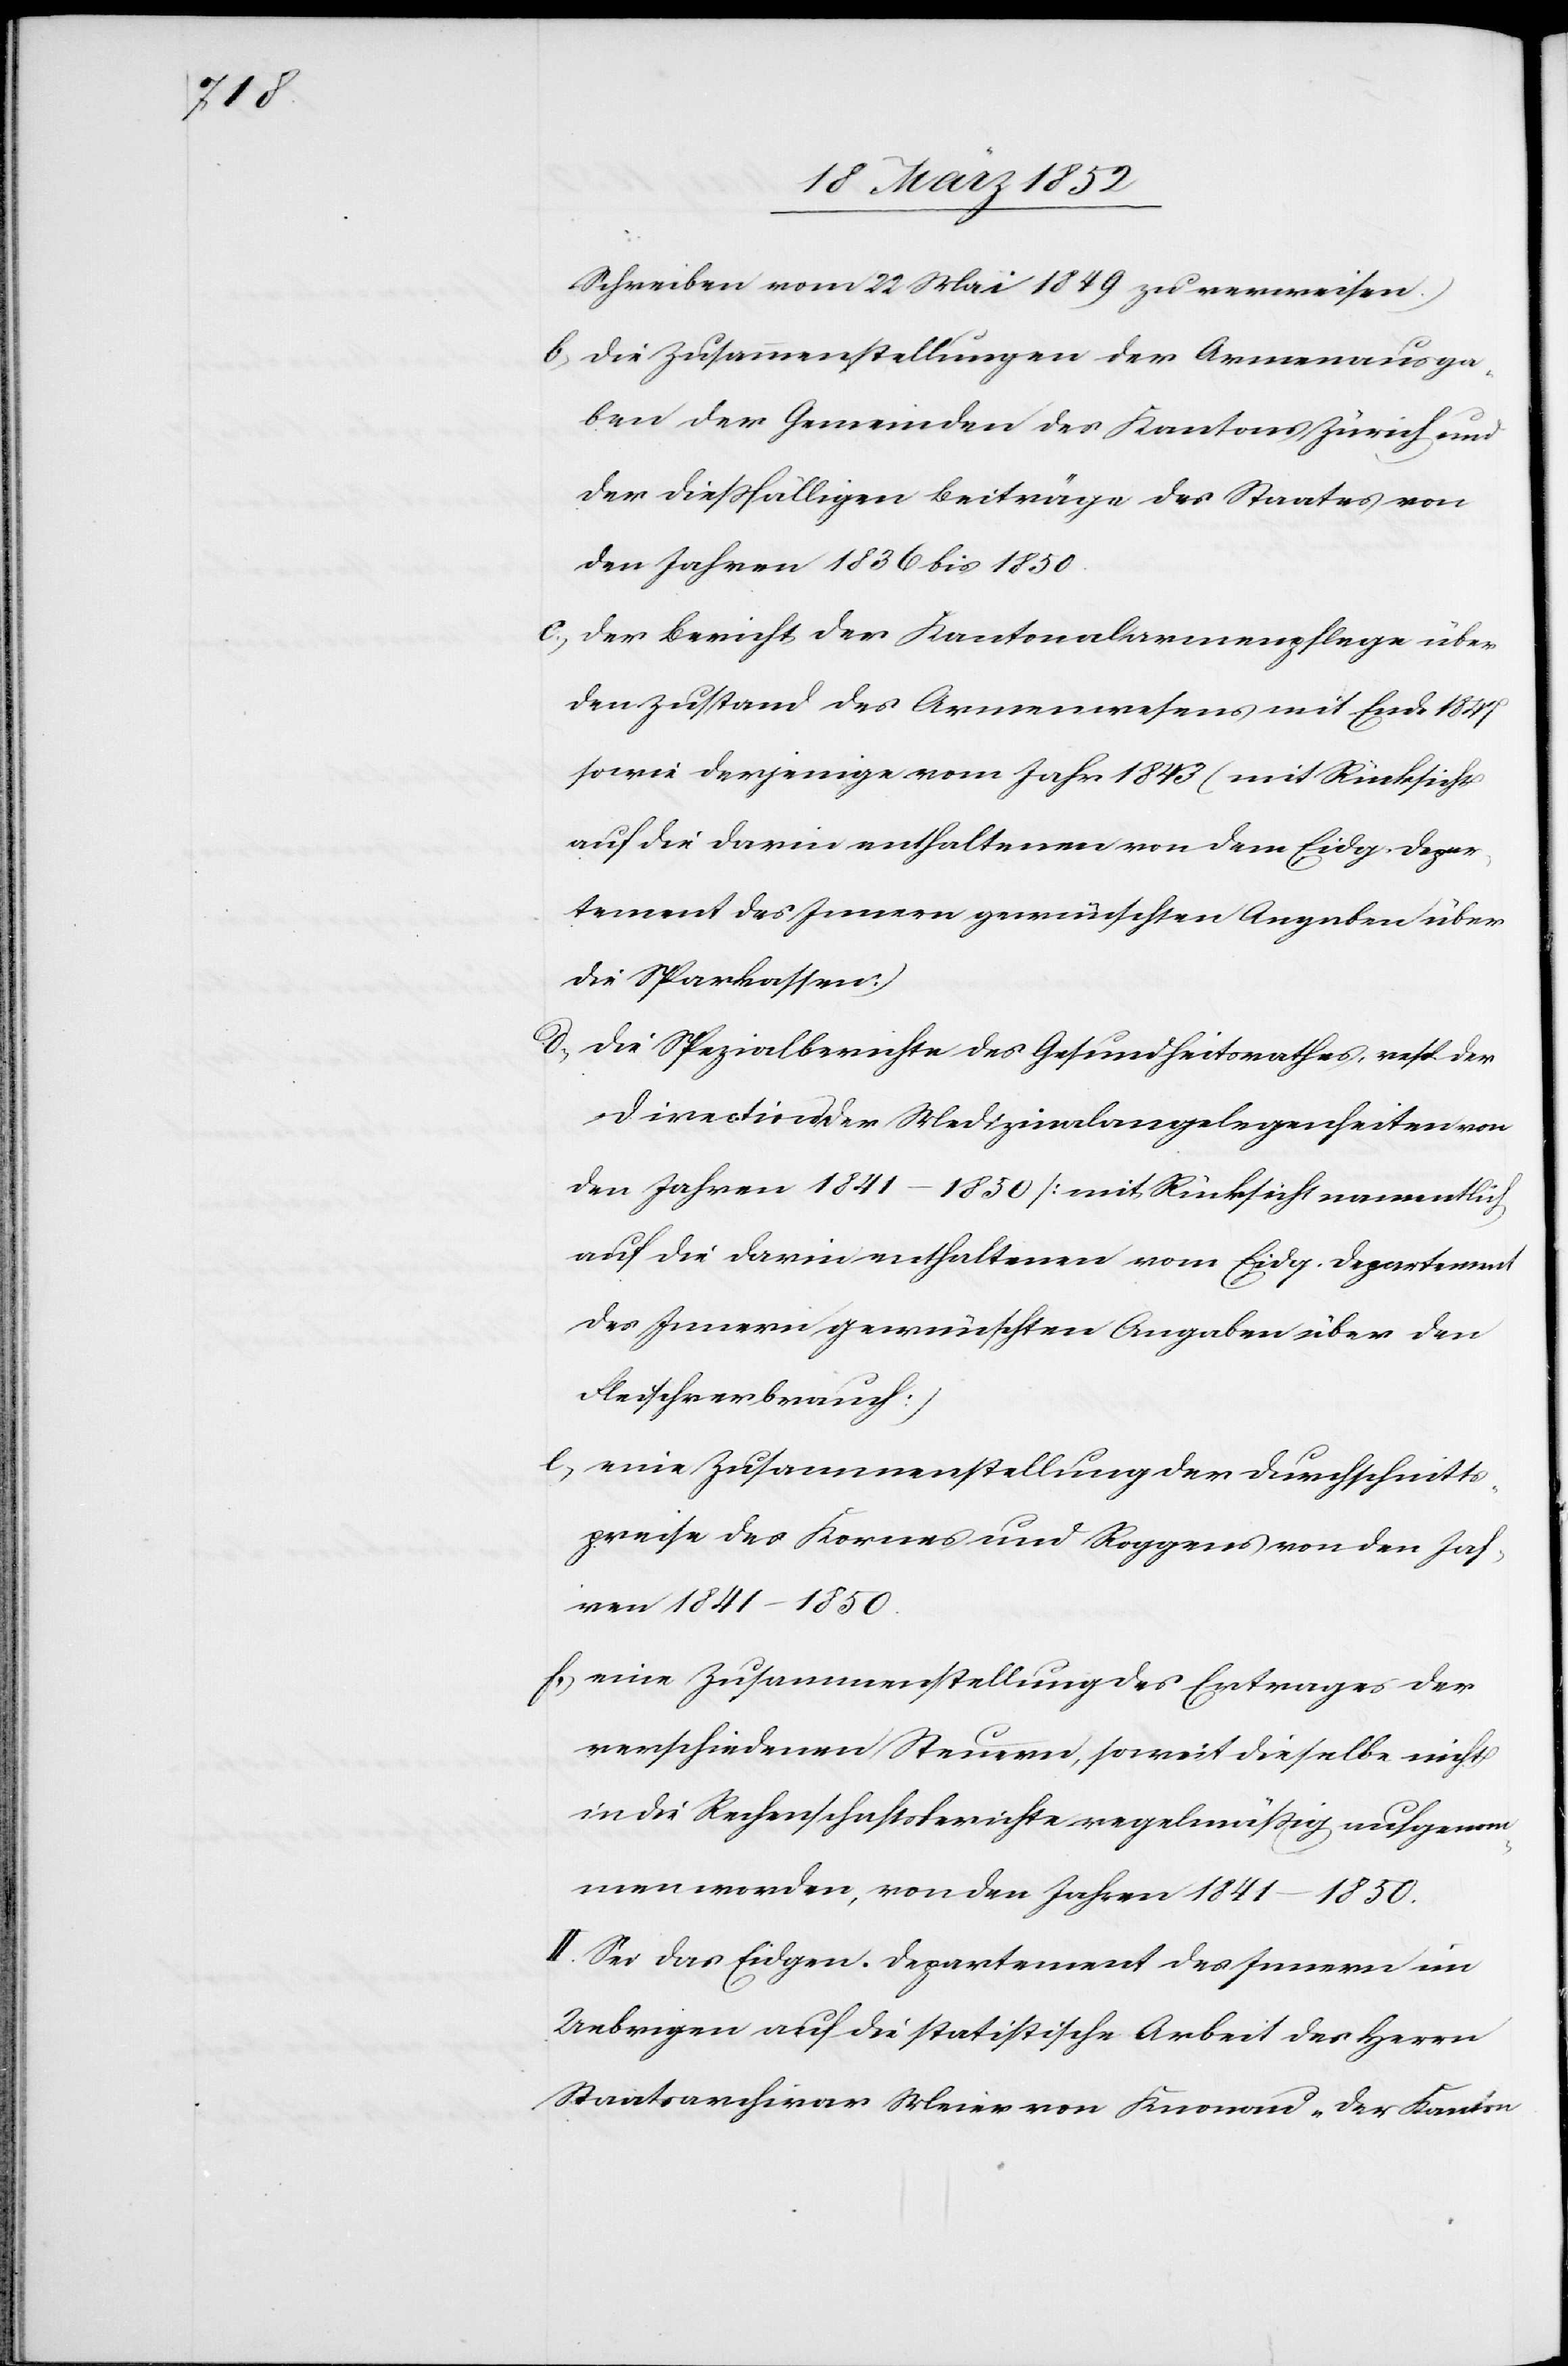
Schreiben vom 22 Mai 1849 zu verweisen.)
b) die Zusammenstellungen der Armenausga¬
ben der Gemeinden des Kantons Zürich und
der dießfälligen Beiträge des Staates von
den Jahren 1846 bis 1850.
c) der Bericht der Kantonalarmenpflege über
den Zustand des Armenwesens mit Ende 1847
sowie derjenige vom Jahr 1843 (mit Rücksicht
auf die darin enthaltenen von dem Eidg. Depar¬
tement des Innern gewünschten Angaben über
die Sparkassen.)
d) die Spezialberichte des Gesundheitsrathes, resp. der
Direction der Medizinalangelegenheiten von
den Jahren 1841–1850 [mit Rücksicht namentlich
auf die darin enthaltenen vom Eidg. Departement
des Innern gewünschten Angaben über den
Fleischverbrauch]
e) eine Zusammenstellung der Durchschnitts¬
preise des Kornes und Roggens von den Jah¬
ren 1841–1850.
f) eine Zusammenstellung des Ertrages der
verschiedenen Steuern, soweit dieselbe nicht
in die Rechenschaftsberichte regelmäßig aufgenom¬
men worden, von den Jahren 1841–1850.
II. Sei das Eidgen. Departement des Innern im
Uebrigen auf die statistische Arbeit des Herrn
Staatsarchivar Meier von Knonau „Der Kanton